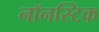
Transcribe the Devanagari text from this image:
नॉनस्टिक